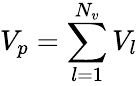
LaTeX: V_{p}=\sum_{l=1}^{N_{v}}V_{l}